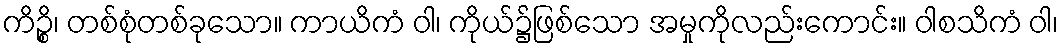
ကိဉ္စိ၊ တစ်စုံတစ်ခုသော။ ကာယိကံ ဝါ၊ ကိုယ်၌ဖြစ်သော အမှုကိုလည်းကောင်း။ ဝါစသိကံ ဝါ၊